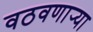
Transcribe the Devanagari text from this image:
वठवणार्‍या